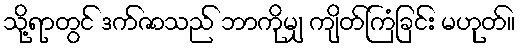
သို့ရာတွင် ဒက်ဇာသည် ဘာကိုမျှ ကျိတ်ကြံခြင်း မဟုတ်။